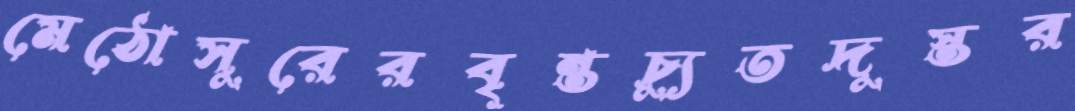
মেঠোসুরেরবৃন্তচ্যুতদুস্তর